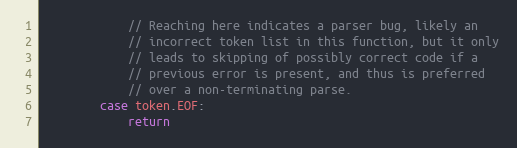
Language: Go
			// Reaching here indicates a parser bug, likely an
			// incorrect token list in this function, but it only
			// leads to skipping of possibly correct code if a
			// previous error is present, and thus is preferred
			// over a non-terminating parse.
		case token.EOF:
			return